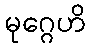
မုဂ္ဂေဟိ